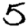
Digit: 5